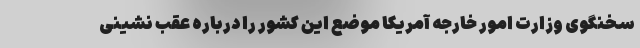
سخنگوی وزارت امور خارجه آمریکا موضع این کشور را درباره عقب نشینی